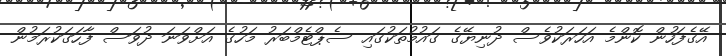
އޭގެފަހުން ކޮންމެ އަހަރަކުވެސް ދުނިޔޭގެ ގައުމުތަކުގައި ސެޕްޓެމްބަރު މަހުގެ އަށްވަނަ ދުވަސް ފާހަގަކުރަމުން